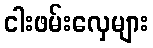
ငါးဖမ်းလှေများ